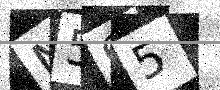
Text: N565